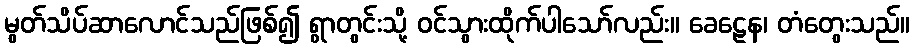
မွတ်သိပ်ဆာလောင်သည်ဖြစ်၍ ရွာတွင်းသို့ ဝင်သွားထိုက်ပါသော်လည်း။ ခေဠေန၊ တံတွေးသည်။